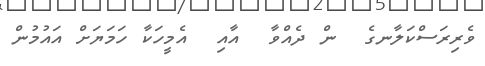
ވެރިރަސްކަލާނގެ  ން ދެއްވާ  އާއި  އެމީހަކާ ހަމަޔަށް އައުމުން